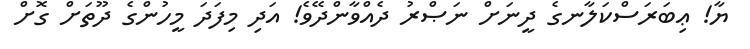
ޔާ! ޢިބަރަސްކަލާނގެ ދީނަށް ނަޞްރު ދެއްވާންދޭވެ! އަދި މިފަދަ މީހުންގެ ދޫތަށް ގޮށް